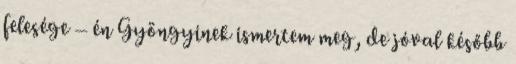
felesége – én Gyöngyinek ismertem meg, de jóval később